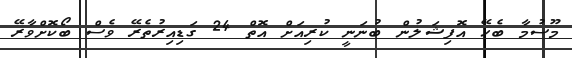
މޫސުމާ ބެހޭ އޮފިޝަލުން ބުނަނީ ކުރިއަށް އޮތް 24 ގަޑިއިރުތެރޭ ވެސް ބޯކޮށްވާރޭ